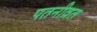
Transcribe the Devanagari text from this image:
पतनीव्रत